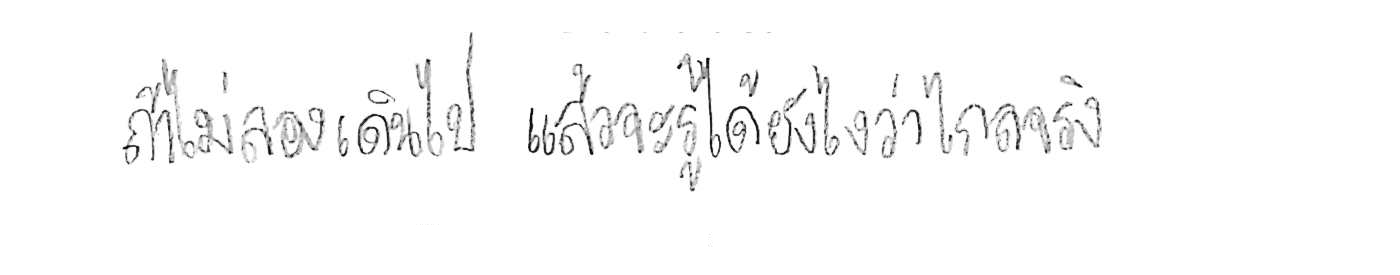
ถ้าไม่ลองเดินไป แล้วจะรู้ได้ยังไงว่าไกลจริง